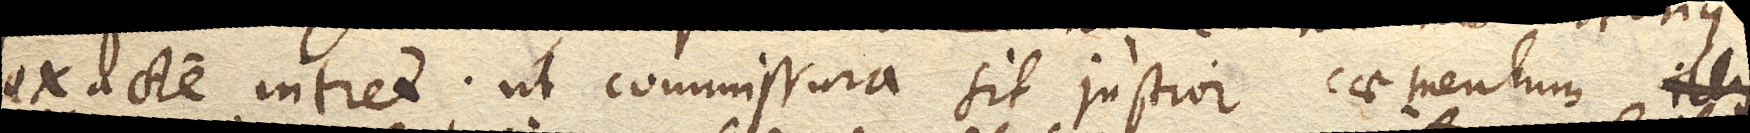
exacte intret; ut commissura sit justior caementum illis